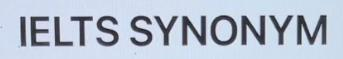
IELTS SYNONYM